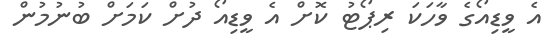
އެ ވީޑިއޯގެ ވާހަކަ ރިޕޯޓު ކޮށް އެ ވީޑިއޯ ދުށް ކަމަށް ބުނުމުން